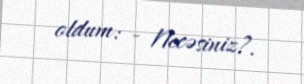
oldum: - Necəsiniz?.